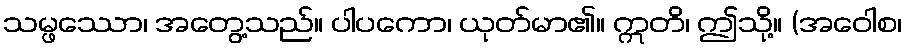
သမ္ဖဿော၊ အတွေ့သည်။ ပါပကော၊ ယုတ်မာ၏။ ဣတိ၊ ဤသို့။ (အဝေါစ၊